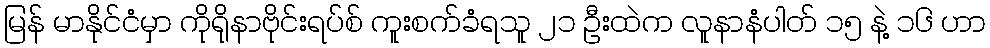
မြန် မာနိုင်ငံမှာ ကိုရိုနာဗိုင်းရပ်စ် ကူးစက်ခံရသူ ၂၁ ဦးထဲက လူနာနံပါတ် ၁၅ နဲ့ ၁၆ ဟာ